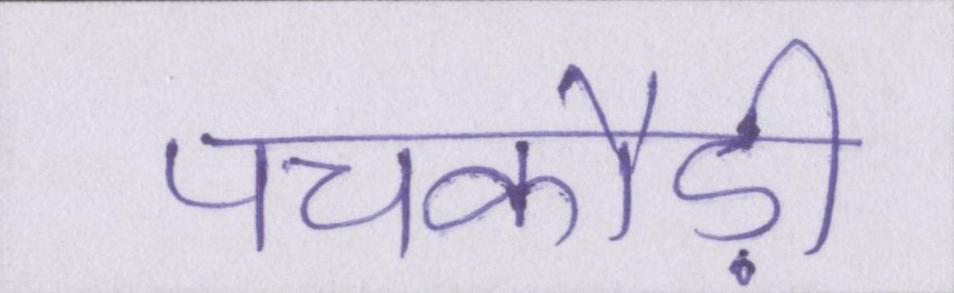
पचकौड़ी